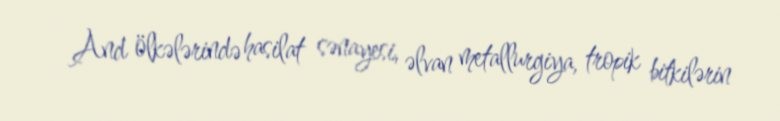
And ölkələrində hasilat sənayesi, əlvan metallurgiya, tropik bitkilərin